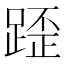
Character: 𨂿